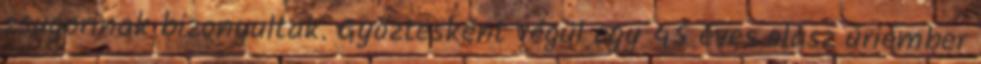
zsugorinak bizonyultak. Győztesként végül egy 45 éves olasz úriember